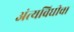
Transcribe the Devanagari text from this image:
अंत्यविधीचा